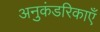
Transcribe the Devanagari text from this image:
अनुकंडरिकाएँ